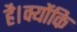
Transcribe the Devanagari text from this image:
है।क्योंकि